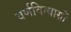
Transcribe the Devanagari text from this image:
वर्णविन्यासों